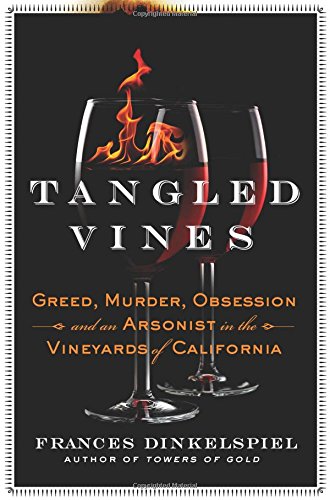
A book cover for Tangled Vines: Greed, Murder, Obsession, and an Arsonist in the Vineyards of California; Frances Dinkelspiel; Cookbooks, Food & Wine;